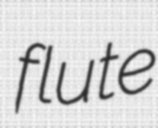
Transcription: flute